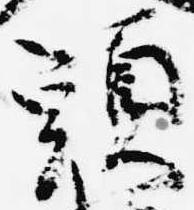
頭